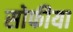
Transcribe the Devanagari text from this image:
सोफीया